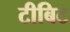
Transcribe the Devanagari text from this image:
टीबिट